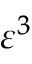
\varepsilon ^ { 3 }